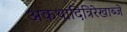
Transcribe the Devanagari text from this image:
अकथादित्रिरेखाब्जे